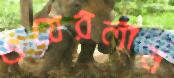
ওয়েরলান